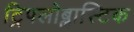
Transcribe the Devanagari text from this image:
ट्रिपलोब्लास्टिक